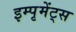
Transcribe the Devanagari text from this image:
इम्पृमेंट्स